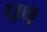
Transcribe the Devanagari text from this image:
पष